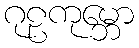
ဂုဠကုမ္ဘော